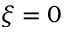
\xi = 0